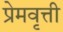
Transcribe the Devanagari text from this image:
प्रेमवृत्ती